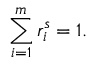
\sum _ { i = 1 } ^ { m } r _ { i } ^ { s } = 1 .